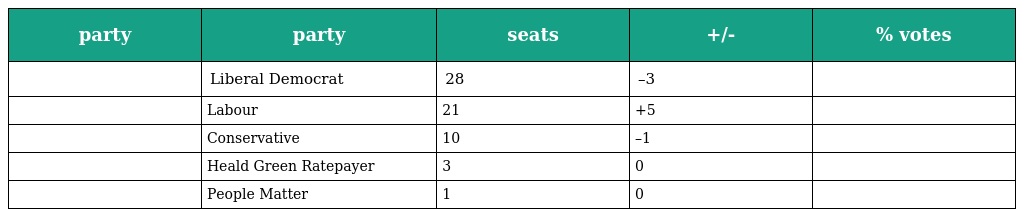
| party | party | seats | +/- | % votes |
 | --- | --- | --- | --- | --- |
 |  | Liberal Democrat | 28 | –3 |  |
 |  | Labour | 21 | +5 |  |
 |  | Conservative | 10 | –1 |  |
 |  | Heald Green Ratepayer | 3 | 0 |  |
 |  | People Matter | 1 | 0 |  |